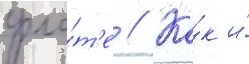
фло́т'е // Ка́к и́